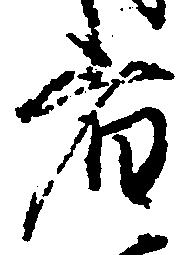
者